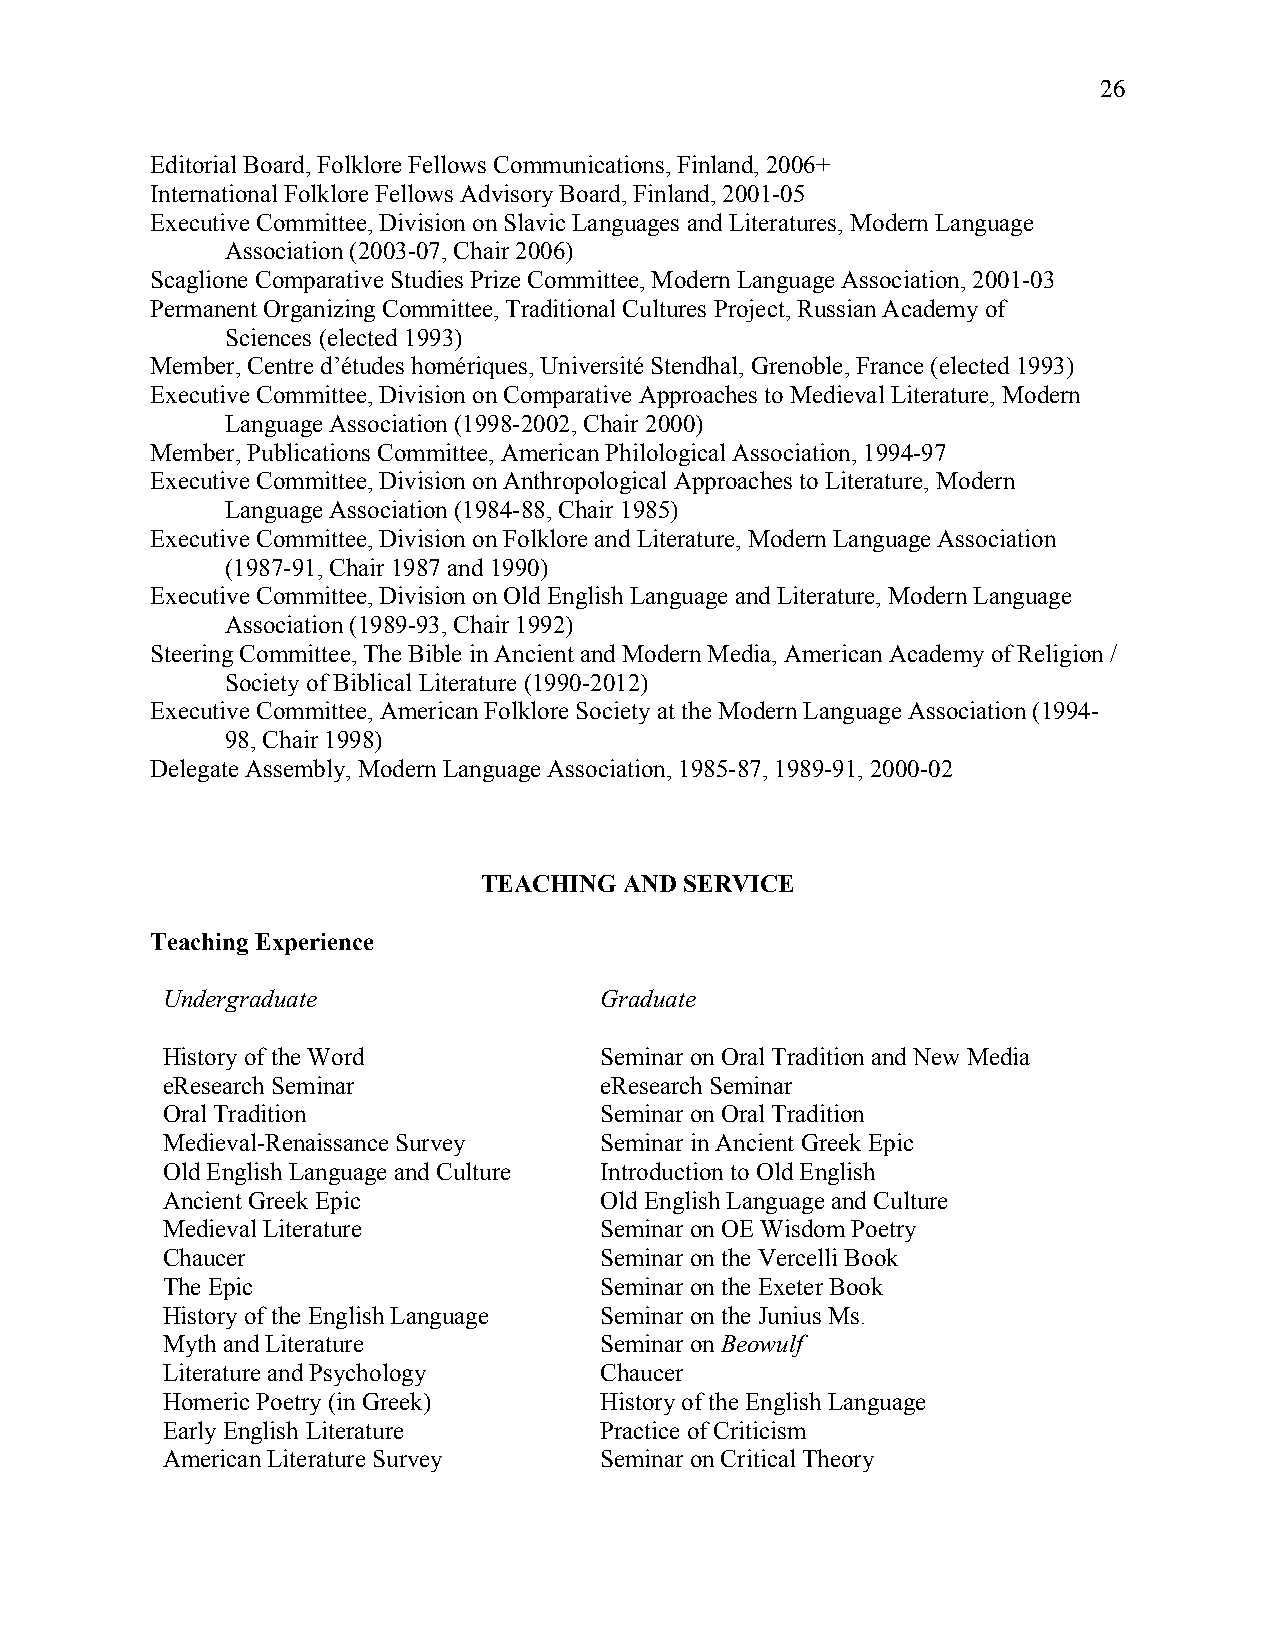
26
 Editorial Board, Folklore Fellows Communications, Finland, 2006+
 International Folklore Fellows Advisory Board, Finland, 2001-05
 Executive Committee, Division on Slavic Languages and Literatures, Modern Language
 Association (2003-07, Chair 2006)
 Scaglione Comparative Studies Prize Committee, Modern Language Association, 2001-03
 Permanent Organizing Committee, Traditional Cultures Project, Russian Academy of
 Sciences (elected 1993)
 Member, Centre d’études homériques, Université Stendhal, Grenoble, France (elected 1993)
 Executive Committee, Division on Comparative Approaches to Medieval Literature, Modern
 Language Association (1998-2002, Chair 2000)
 Member, Publications Committee, American Philological Association, 1994-97
 Executive Committee, Division on Anthropological Approaches to Literature, Modern
 Language Association (1984-88, Chair 1985)
 Executive Committee, Division on Folklore and Literature, Modern Language Association
 (1987-91, Chair 1987 and 1990)
 Executive Committee, Division on Old English Language and Literature, Modern Language
 Association (1989-93, Chair 1992)
 Steering Committee, The Bible in Ancient and Modern Media, American Academy of Religion /
 Society of Biblical Literature (1990-2012)
 Executive Committee, American Folklore Society at the Modern Language Association (1994-
 98, Chair 1998)
 Delegate Assembly, Modern Language Association, 1985-87, 1989-91, 2000-02
 TEACHING AND SERVICE
 Teaching Experience
 Undergraduate                Graduate
 History of the Word          Seminar on Oral Tradition and New Media
 eResearch Seminar            eResearch Seminar
 Oral Tradition               Seminar on Oral Tradition
 Medieval-Renaissance Survey  Seminar in Ancient Greek Epic
 Old English Language and Culture Introduction to Old English
 Ancient Greek Epic           Old English Language and Culture
 Medieval Literature          Seminar on OE Wisdom Poetry
 Chaucer                      Seminar on the Vercelli Book
 The Epic                     Seminar on the Exeter Book
 History of the English Language Seminar on the Junius Ms.
 Myth and Literature          Seminar on Beowulf
 Literature and Psychology    Chaucer
 Homeric Poetry (in Greek)    History of the English Language
 Early English Literature     Practice of Criticism
 American Literature Survey   Seminar on Critical Theory